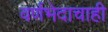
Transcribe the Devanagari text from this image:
वर्णभेदाचाही